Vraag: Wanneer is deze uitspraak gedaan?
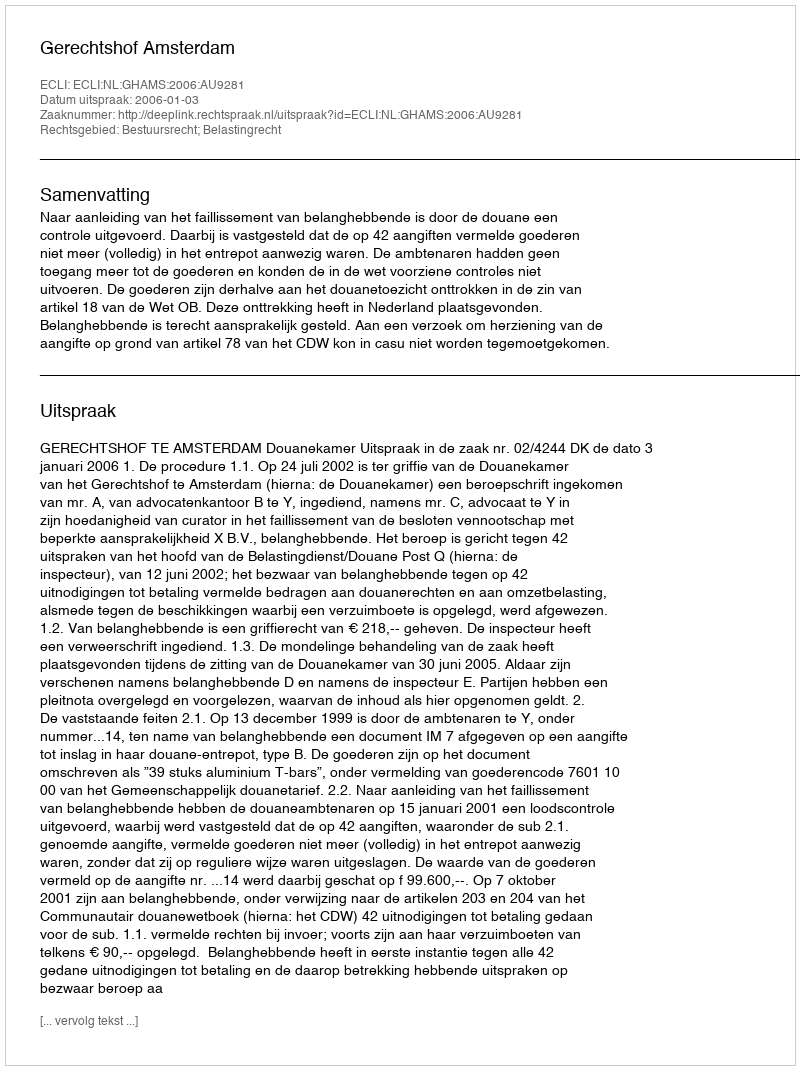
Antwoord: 2006-01-03